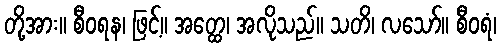
တို့အား။ စီဝရန၊ ဖြင့်။ အတ္ထေ၊ အလိုသည်။ သတိ၊ လသော်။ စီဝရံ၊